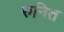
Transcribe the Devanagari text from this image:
रुनित